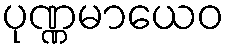
ပုဏ္ဏမာယေဝ